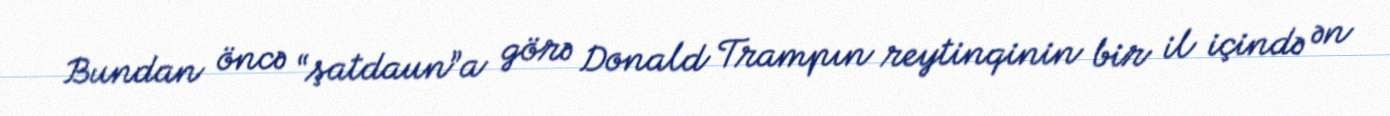
Bundan öncə “şatdaun”a görə Donald Trampın reytinqinin bir il içində ən